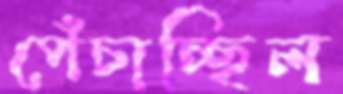
পেঁচাচ্ছিল